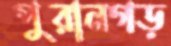
পুরানগড়